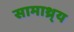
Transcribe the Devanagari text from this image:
सामाथ्र्य